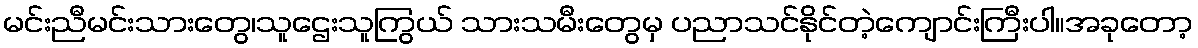
မင်းညီမင်းသားတွေ၊သူဌေးသူကြွယ် သားသမီးတွေမှ ပညာသင်နိုင်တဲ့ကျောင်းကြီးပါ။အခုတော့